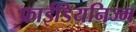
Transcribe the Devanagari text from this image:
फ्राईडियनिज्म